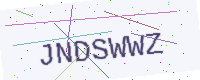
Text: JNDSWWZ